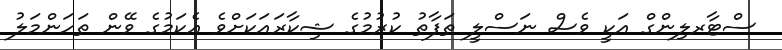
ސްޓާރލިންގް އަކީ ވެސް ނަސްލީ ތަފާތު ކުރުމުގެ ޝިކާރައަކަށްވެ އެކަމުގެ ވޭން ތަހަންމަލު